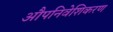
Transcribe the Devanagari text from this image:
औपनिवेशिकरण